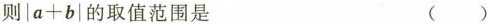
则|a+b|的取值范围是 （）